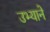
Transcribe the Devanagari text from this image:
उभ्याने